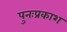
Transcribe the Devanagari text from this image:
पुनःप्रकाश